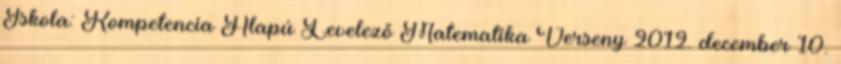
Iskola: Kompetencia Alapú Levelező Matematika Verseny 2012. december 10.